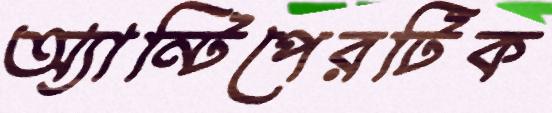
অ্যান্টিপেরটিক